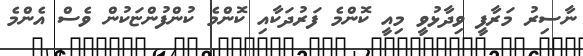
ނާސިރު މަރާފީ ވިދާޅުވީ މިއީ ކޮންމެ ފަރުދަކާއި ކޮންމެ ކުންފުންޏަކުން ވެސް އެންމެ